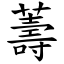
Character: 薵